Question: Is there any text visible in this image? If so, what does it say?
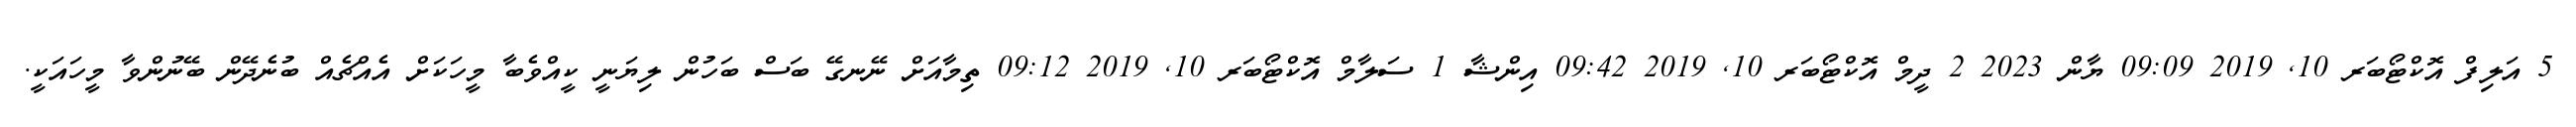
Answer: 5 އަލިފް އޮކްޓޯބަރ 10, 2019 09:09 ޔާން 2023 2 ދީމް އޮކްޓޯބަރ 10, 2019 09:42 އިންޝާ 1 ސަލާމް އޮކްޓޯބަރ 10, 2019 09:12 ތިމާއަށް ނޭނގޭ ބަސް ބަހުން ލިޔަނީ ކީއްވެބާ މީހަކަށް އެއްޗެއް ބުނެދޭން ބޭނުންވާ މީހައަކީ.